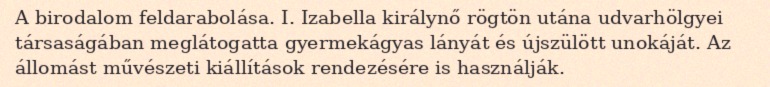
A birodalom feldarabolása. I. Izabella királynő rögtön utána udvarhölgyei társaságában meglátogatta gyermekágyas lányát és újszülött unokáját. Az állomást művészeti kiállítások rendezésére is használják.